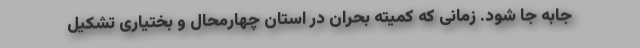
جابه جا شود. زمانی که کمیته بحران در استان چهارمحال و بختیاری تشکیل